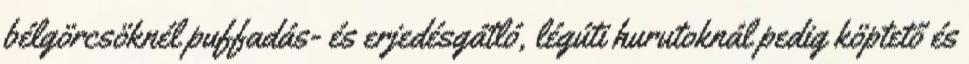
bélgörcsöknél puffadás- és erjedésgátló, légúti hurutoknál pedig köptető és